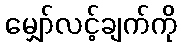
မျှော်လင့်ချက်ကို